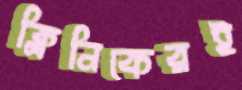
ক্লিনিকেরই